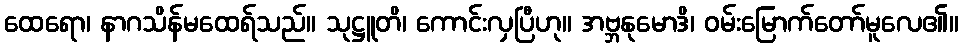
ထေရော၊ နာဂသိန်မထေရ်သည်။ သုဋ္ဌူတိ၊ ကောင်းလှပြီဟု။ အဗ္ဘနုမောဒိ၊ ဝမ်းမြောက်တော်မူလေ၏။